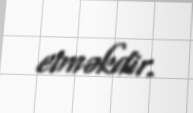
etməkdir.